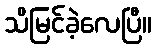
သိမြင်ခဲ့လေပြီ။